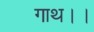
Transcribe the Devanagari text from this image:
गाथ।।